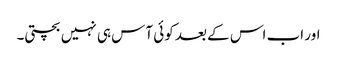
اور اب اس کے بعد کوئی آس ہی نہیں بچتی۔